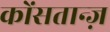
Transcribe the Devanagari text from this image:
कोंसतान्ज़